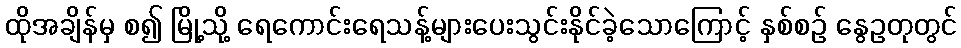
ထိုအချိန်မှ စ၍ မြို့သို့ ရေကောင်းရေသန့်များပေးသွင်းနိုင်ခဲ့သောကြောင့် နှစ်စဉ် နွေဥတုတွင်